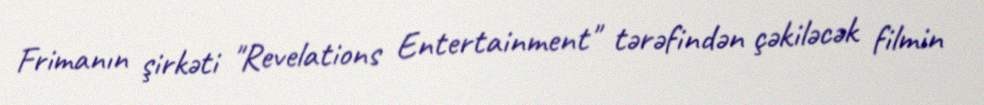
Frimanın şirkəti "Revelations Entertainment" tərəfindən çəkiləcək filmin